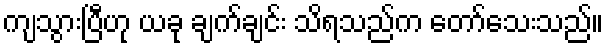
ကျသွားပြီဟု ယခု ချက်ချင်း သိရသည်က တော်သေးသည်။